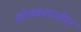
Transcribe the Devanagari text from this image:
कोलकत्त्यातील